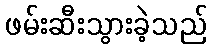
ဖမ်းဆီးသွားခဲ့သည်